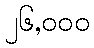
၂၆,၀၀၀